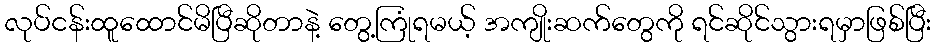
လုပ်ငန်းထူထောင်မိပြီဆိုတာနဲ့ တွေ့ကြုံရမယ့် အကျိုးဆက်တွေကို ရင်ဆိုင်သွားရမှာဖြစ်ပြီး